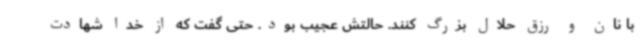
با نان و رزق حلال بزرگ کنند. حالتش عجیب بود. حتی گفت که از خدا شهادت